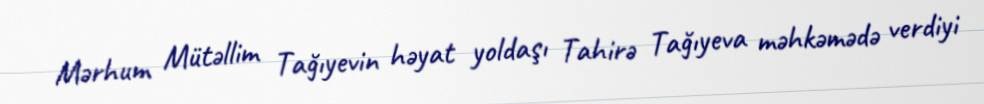
Mərhum Mütəllim Tağıyevin həyat yoldaşı Tahirə Tağıyeva məhkəmədə verdiyi